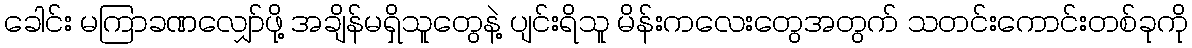
ခေါင်း မကြာခဏလျှော်ဖို့ အချိန်မရှိသူတွေနဲ့ ပျင်းရိသူ မိန်းကလေးတွေအတွက် သတင်းကောင်းတစ်ခုကို